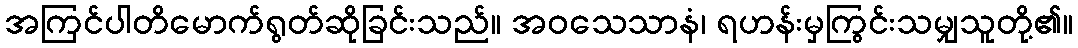
အကြင်ပါတိမောက်ရွတ်ဆိုခြင်းသည်။ အဝသေသာနံ၊ ရဟန်းမှကြွင်းသမျှသူတို့၏။